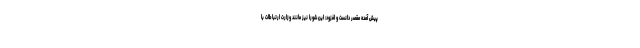
پیش آمده مقصر دانست و افزود: این شورا نیز مانند وزارت ارتباطات با